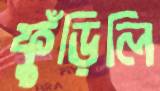
ফুঁড়িলি